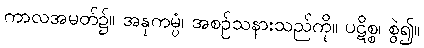
ကာလအမတ်၌။ အနုကမ္ပံ၊ အစဉ်သနားသည်ကို။ ပဋိစ္စ၊ စွဲ၍။